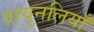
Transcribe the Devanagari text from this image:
वायुनलियाँ